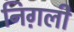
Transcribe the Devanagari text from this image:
निग़ली